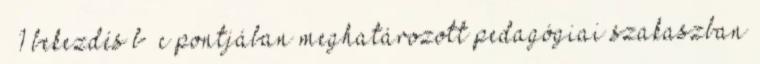
§ 1 bekezdés b –c pontjában meghatározott pedagógiai szakaszban